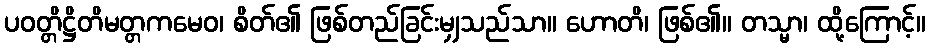
ပဝတ္တိဋ္ဌိတိမတ္တကမေဝ၊ စိတ်၏ ဖြစ်တည်ခြင်းမျှသည်သာ။ ဟောတိ၊ ဖြစ်၏။ တသ္မာ၊ ထို့ကြောင့်။